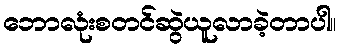
ဘောလုံးစတင်ဆွဲယူလာခဲ့တာပါ။